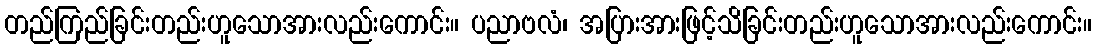
တည်ကြည်ခြင်းတည်းဟူသောအားလည်းကောင်း။ ပညာဗလံ၊ အပြားအားဖြင့်သိခြင်းတည်းဟူသောအားလည်းကောင်း။